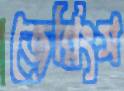
জেন্নিংস